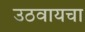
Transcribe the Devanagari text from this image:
उठवायचा